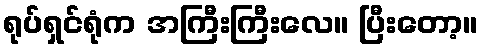
ရုပ်ရှင်ရုံက အကြီးကြီးလေ။ ပြီးတော့။